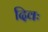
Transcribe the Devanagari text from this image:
दिवः